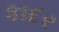
કાદર